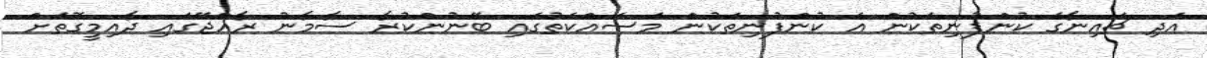
އަދި ޗައިނާގެ ކުންފުނިތަކުން އެ ކުންފުނިތަކުން މަސައްކަތުގައި ބޭނުންކުރާ ސާމާނު ރާއްޖޭގައި ދާއިމީގޮތަށް